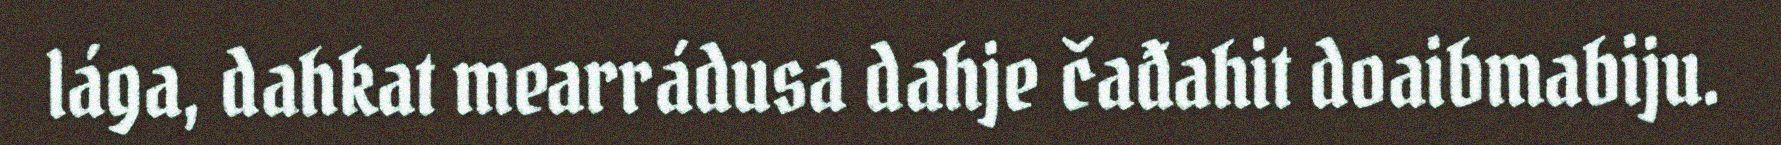
lága, dahkat mearrádusa dahje čađahit doaibmabiju.